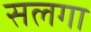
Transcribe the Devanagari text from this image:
सलगा